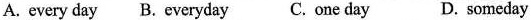
A. every day B. Everyday C. One day D. someday